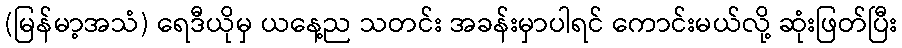
(မြန်မာ့အသံ) ရေဒီယိုမှ ယနေ့ည သတင်း အခန်းမှာပါရင် ကောင်းမယ်လို့ ဆုံးဖြတ်ပြီး